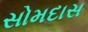
સોમદાસ